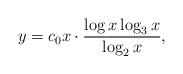
LaTeX: \begin{align*}y=c_0x\cdot\frac{\log x\log_3 x}{\log_2 x},\end{align*}